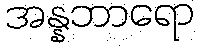
အန္နဘာရော